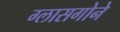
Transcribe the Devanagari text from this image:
ग्लासगोने